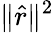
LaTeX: \| {\hat{r}}\| ^{2}